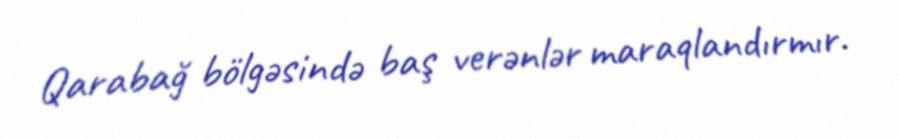
Qarabağ bölgəsində baş verənlər maraqlandırmır.